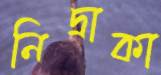
নিদ্রাকা